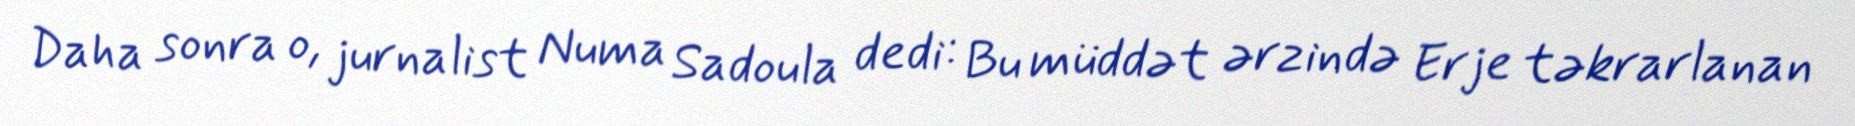
Daha sonra o, jurnalist Numa Sadoula dedi: Bu müddət ərzində Erje təkrarlanan